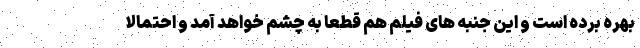
بهره برده است و این جنبه های فیلم هم قطعا به چشم خواهد آمد و احتمالا